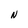
Character: N